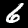
Label: 6